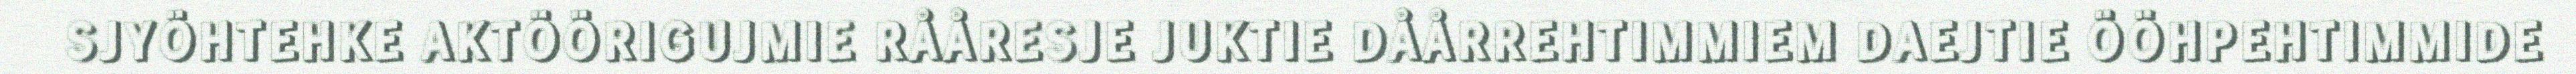
SJYÖHTEHKE AKTÖÖRIGUJMIE RÅÅRESJE JUKTIE DÅÅRREHTIMMIEM DAEJTIE ÖÖHPEHTIMMIDE